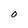
Character: O